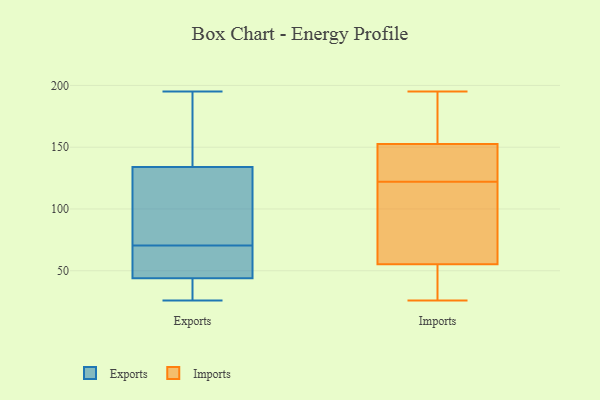
{"axis": {"x": "Operating Costs (USD K)", "y": "Value"}, "legend": ["Exports", "Imports"], "data": [{"x": "", "y": 67, "type": "Exports"}, {"x": "", "y": 114, "type": "Exports"}, {"x": "", "y": 116, "type": "Exports"}, {"x": "", "y": 49, "type": "Exports"}, {"x": "", "y": 43, "type": "Exports"}, {"x": "", "y": 189, "type": "Exports"}, {"x": "", "y": 45, "type": "Exports"}, {"x": "", "y": 104, "type": "Exports"}, {"x": "", "y": 74, "type": "Exports"}, {"x": "", "y": 39, "type": "Exports"}, {"x": "", "y": 59, "type": "Exports"}, {"x": "", "y": 195, "type": "Exports"}, {"x": "", "y": 26, "type": "Exports"}, {"x": "", "y": 35, "type": "Exports"}, {"x": "", "y": 184, "type": "Exports"}, {"x": "", "y": 152, "type": "Exports"}, {"x": "", "y": 153, "type": "Imports"}, {"x": "", "y": 52, "type": "Imports"}, {"x": "", "y": 47, "type": "Imports"}, {"x": "", "y": 65, "type": "Imports"}, {"x": "", "y": 175, "type": "Imports"}, {"x": "", "y": 33, "type": "Imports"}, {"x": "", "y": 122, "type": "Imports"}, {"x": "", "y": 151, "type": "Imports"}, {"x": "", "y": 26, "type": "Imports"}, {"x": "", "y": 165, "type": "Imports"}, {"x": "", "y": 195, "type": "Imports"}, {"x": "", "y": 119, "type": "Imports"}, {"x": "", "y": 149, "type": "Imports"}, {"x": "", "y": 150, "type": "Imports"}, {"x": "", "y": 92, "type": "Imports"}]}